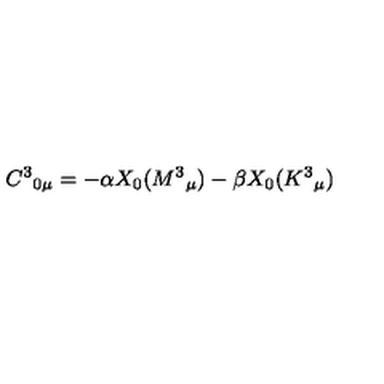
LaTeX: C ^ { 3 } { } _ { 0 \mu } = - \alpha X _ { 0 } ( M ^ { 3 } { } _ { \mu } ) - \beta X _ { 0 } ( K ^ { 3 } { } _ { \mu } )